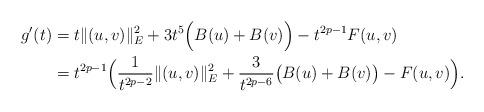
LaTeX: \begin{align*}g'(t)&=t\|(u,v)\|_{E}^{2}+3t^{5}\Big(B(u)+B(v)\Big)-t^{2p-1}F(u,v)\\&=t^{2p-1}\Big(\frac{1}{t^{2p-2}}\|(u,v)\|_{E}^{2}+\frac{3}{t^{2p-6}}\big(B(u)+B(v)\big)-F(u,v)\Big).\end{align*}